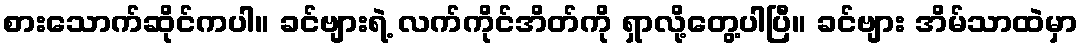
စားသောက်ဆိုင်ကပါ။ ခင်ဗျားရဲ့ လက်ကိုင်အိတ်ကို ရှာလို့တွေ့ပါပြီ။ ခင်ဗျား အိမ်သာထဲမှာ